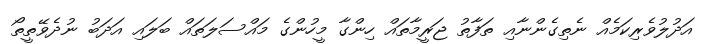
އަދުލުވެރިކަމެއް ނެތިގެންނާއި ތަފާތު ޖަރީމާތައް ހިންގާ މީހުންގެ މައްސަލަތައް ބަލައި އަދަބު ނުދެވޭތީތޯ